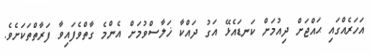
އަހަރެއްގައި ޙައްޖަށް ދިއުމަށް ކަނޑައެޅޭ އަގު ދައްކާ ޚަލާސްވުމަށް އެންމެ ގާތްވެފައިވާ ފަރާތްތަކަށެވެ.